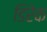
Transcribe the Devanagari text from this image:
डिरेक